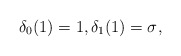
\begin{align*}\delta_{0}(1)&=1 ,\delta_{1}(1)=\sigma^{},\end{align*}